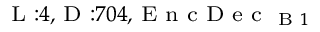
_ { \textrm { L } : 4 , \textrm { D } : 7 0 4 , \textrm { E n c D e c } _ { \textrm { B } 1 } }